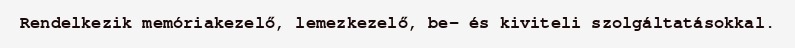
Rendelkezik memóriakezelő, lemezkezelő, be- és kiviteli szolgáltatásokkal.